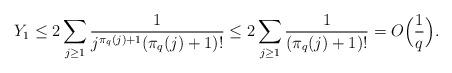
LaTeX: \begin{align*}Y_1 \leq 2\sum_{j \ge 1} \frac{1}{j^{\pi_q(j)+1}(\pi_q(j)+1)!} \le 2\sum_{j \ge 1} \frac{1}{(\pi_q(j)+1)!} = O\Big( \frac{1}{q} \Big).\end{align*}